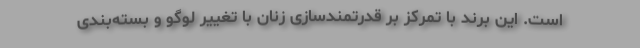
است. این برند با تمرکز بر قدرتمندسازی زنان با تغییر لوگو و بسته‌بندی